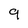
Character: 9